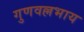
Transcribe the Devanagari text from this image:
गुणवल्लभाय